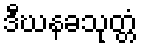
ဒီဃနခသုတ္တံ